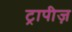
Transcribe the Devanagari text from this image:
ट्रापीज़